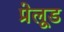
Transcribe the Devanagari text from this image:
प्रेलूड